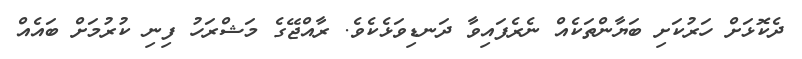
ދެކޮޅަށް ހަރުކަށި ބަޔާންތަކެއް ނެރެފައިވާ ދަނޑިވަޅެކެވެ. ރާއްޖޭގެ މަޝްރަހު ފިނި ކުރުމަށް ބައެއް